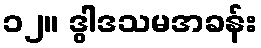
၁၂။ ဒွါဒသမအခန်း